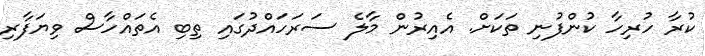
ކުރާ ހުރިހާ ކުންފުނި ތަކަށް. އެއިރުން މާލެ ސަރަހައްދުގައި ތިބި އެތައްހާސް ވިޔަފާރި